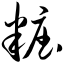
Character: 妆